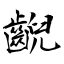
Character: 齯